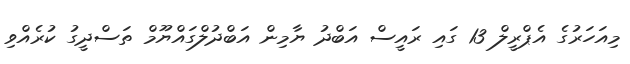
މިއަހަރުގެ އެޕްރީލް 13 ގައި ރައީސް އަބްދު ޔާމިން އަބްދުލްގައްޔޫމް ތަސްދީގު ކުރެއްވި